Annual administration report of the Civil Veterinary Department of India - 1892-1893
Year: 1892
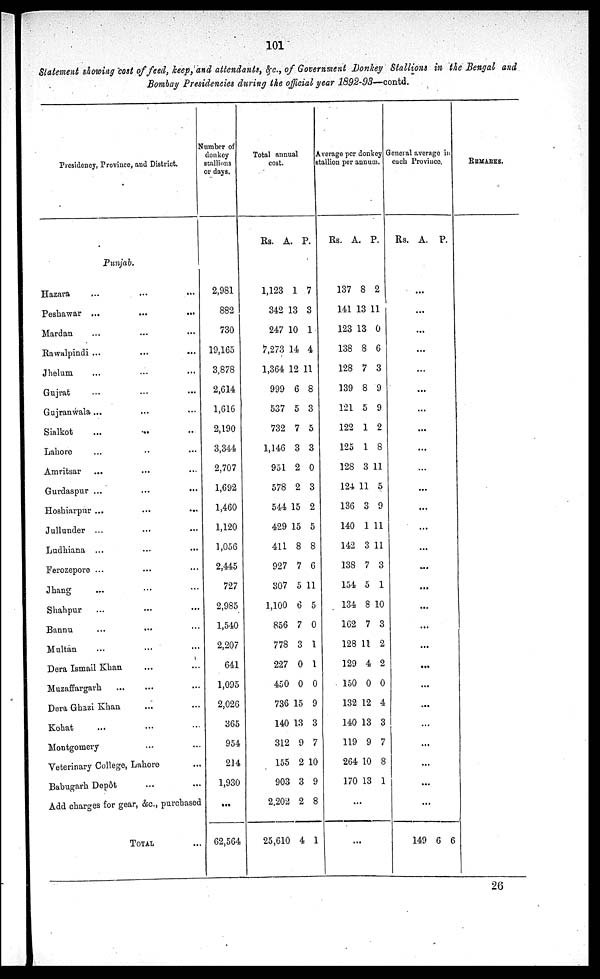
101
Statement showing cost of feed, keep, and attendants, &c., of Government Donkey Stallions in the Bengal and
Bombay Presidencies during the official year 1892-93—contd.
Presidency, Province, and District.
Punjab.
Hazara ... ... ...
Peshawar ... ... ...
Mardan ... ... ...
Rawalpindi ...
...
...
Jhelum ... ... ...
Gujrat ... ... ...
Gujranwala ... ... ...
Sialkot
...
...
...
Lahore
Amritsar ... ... ...
Gurdaspur ... ... ...
Hoshiarpnr ... ... ...
Jullunder ... ... ...
Ludhiana ... ... ...
Ferozepore ... ... ...
Jhang ... ... ...
Shahpur ... ... ...
Bannu ... ... ...
Multan ... ... ...
Dera Ismail Khan ... ...
Muzaffargarh ... ... ...
Dera Ghazi Khan ... ...
Kohat ... ... ...
Montgomery ... ...
Veterinary College, Lahore ...
Babngarh Depôt ... ...
Add charges for gear, &c., purchased
TOTAL ...
Number of
donkey
stallions
or days.
2,981
882
730
19,165
3,878
2,614
1,616
2,190
3,344
2,707
1,692
1,460
1,120
1,056
2,445
727
2,985
1,540
2,207
641
1,095
2,026
365
954
214
1,930
...
62,564
Total annual
cost.
Rs. A. P.
1,123
342
247
7,273
1,364
999
537
732
1,146
951
578
544
429
411
927
307
1,100
856
778
227
450
736
140
312
155
903
2,202
25,610
1
13
10
14
12
6
5
7
3
2
2
15
15
8
7
5
6
7
3
0
0
15
13
9
2
3
2
4
7
3
1
4
11
8
3
5
3
0
3
2
5
8
6
11
5
0
1
1
0
9
3
7
10
9
8
1
Average per donkey
stallion per annum.
Rs. A. P.
137
141
123
138
128
139
121
122
125
128
124
136
140
142
138
154
134
162
128
129
150
132
140
119
264
170
8
13
13
8
7
8
5
1
1
3
11
3
1
3
7
5
8
7
11
4
0
12
13
9
10
13
2
11
0
6
3
9
9
2
8
11
5
9
11
11
3
1
10
3
2
2
0
4
3
7
8
1
...
...
General average in
each Province.
Rs.
A. P.
...
...
...
...
...
...
...
...
...
...
...
...
...
...
...
...
...
...
...
...
...
...
...
...
...
...
...
149 6 6
REMARKS.
26